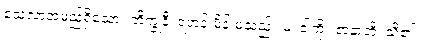
သေလာအမည်ရှိသော။ ဘိက္ခုနီ၊ ရဟန်းမိန်းမသည်။ မံ၊ ငါ့ကို။ ဇာနာတိ၊ သိ၏။